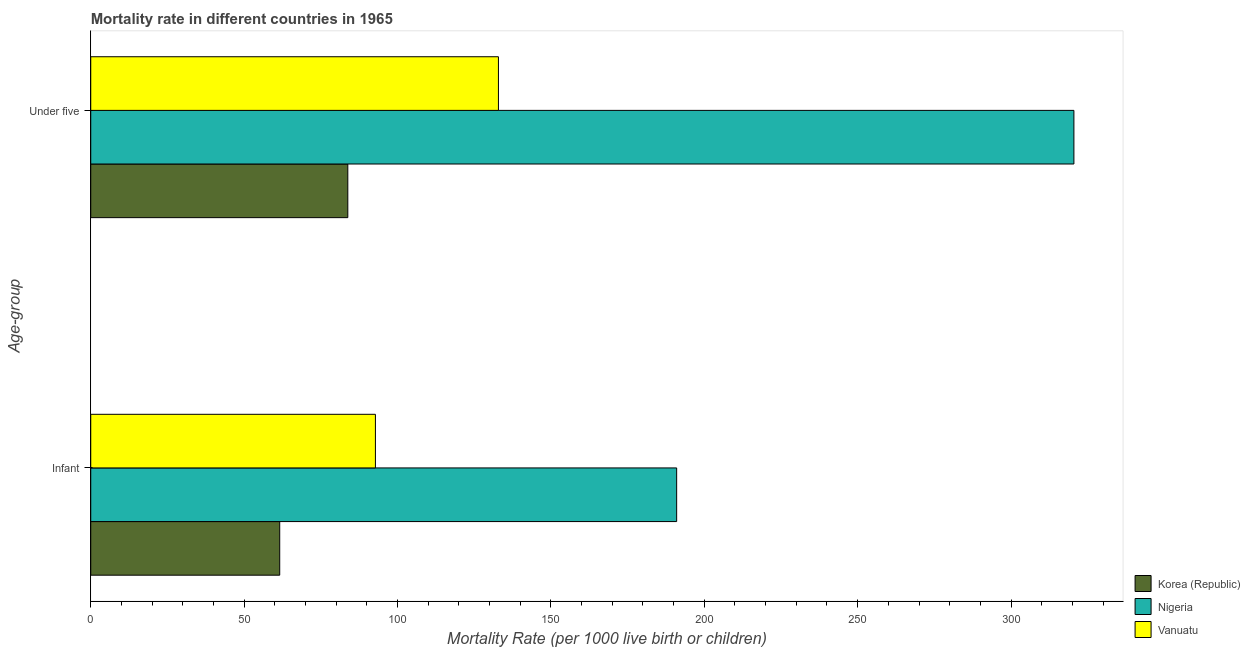
| Age-group | Korea (Republic) | Nigeria | Vanuatu |
 | --- | --- | --- | --- |
 | Infant | 61.6 | 191 | 92.8 |
 | Under five | 83.8 | 320 | 133 |